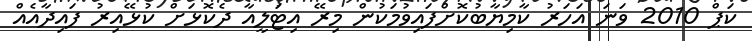
ކަޕް 2010 ވަނަ އަހަރު ކާމިޔާބުކޮށްފައިވުމަކުން މިރޭ އިޓަލީއާ ދެކޮޅަށް ކުޅޭއިރު ފައިދާއެއް